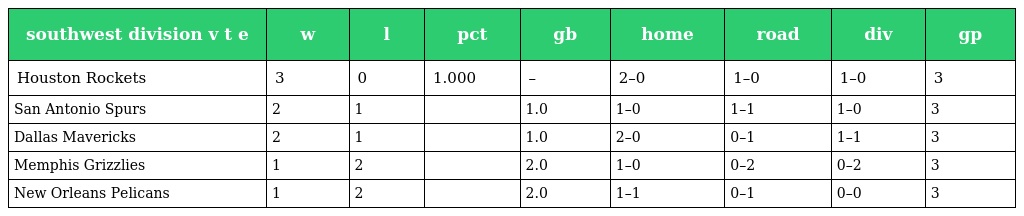
| southwest division v t e | w | l | pct | gb | home | road | div | gp |
 | --- | --- | --- | --- | --- | --- | --- | --- | --- |
 | Houston Rockets | 3 | 0 | 1.000 | – | 2–0 | 1–0 | 1–0 | 3 |
 | San Antonio Spurs | 2 | 1 |  | 1.0 | 1–0 | 1–1 | 1–0 | 3 |
 | Dallas Mavericks | 2 | 1 |  | 1.0 | 2–0 | 0–1 | 1–1 | 3 |
 | Memphis Grizzlies | 1 | 2 |  | 2.0 | 1–0 | 0–2 | 0–2 | 3 |
 | New Orleans Pelicans | 1 | 2 |  | 2.0 | 1–1 | 0–1 | 0–0 | 3 |